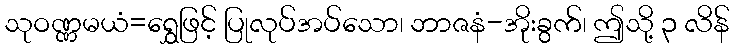
သုဝဏ္ဏမယံ=ရွှေဖြင့် ပြုလုပ်အပ်သော၊ ဘာဇနံ-အိုးခွက်၊ ဤသို့ ၃ လိန်